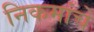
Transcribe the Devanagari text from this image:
निकमांचे